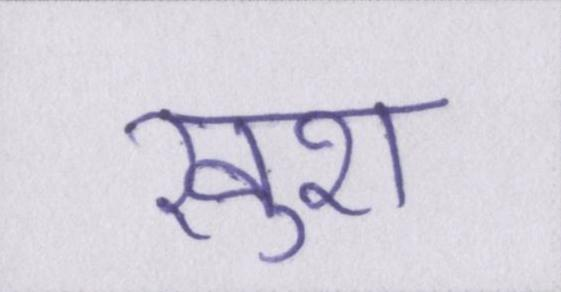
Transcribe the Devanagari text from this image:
खुश